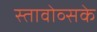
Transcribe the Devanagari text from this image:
स्तावोव्सके